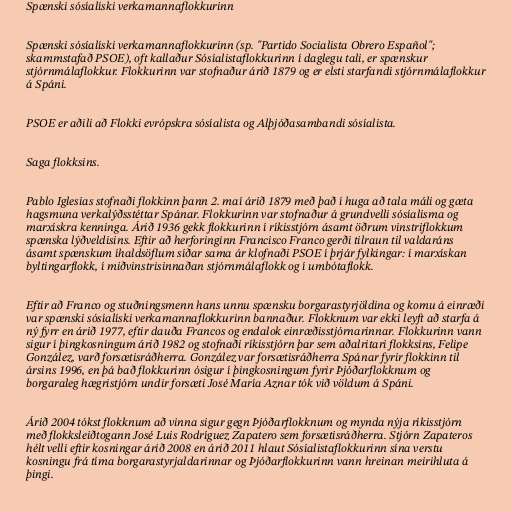
Spænski sósíalíski verkamannaflokkurinn

Spænski sósíalíski verkamannaflokkurinn (sp. "Partido Socialista Obrero Español";
skammstafað PSOE), oft kallaður Sósíalistaflokkurinn í daglegu tali, er spænskur
stjórnmálaflokkur. Flokkurinn var stofnaður árið 1879 og er elsti starfandi stjórnmálaflokkur
á Spáni.

PSOE er aðili að Flokki evrópskra sósíalista og Alþjóðasambandi sósíalista.

Saga flokksins.

Pablo Iglesias stofnaði flokkinn þann 2. maí árið 1879 með það í huga að tala máli og gæta
hagsmuna verkalýðsstéttar Spánar. Flokkurinn var stofnaður á grundvelli sósíalisma og
marxískra kenninga. Árið 1936 gekk flokkurinn í ríkisstjórn ásamt öðrum vinstriflokkum
spænska lýðveldisins. Eftir að herforinginn Francisco Franco gerði tilraun til valdaráns
ásamt spænskum íhaldsöflum síðar sama ár klofnaði PSOE í þrjár fylkingar: í marxískan
byltingarflokk, í miðvinstrisinnaðan stjórnmálaflokk og í umbótaflokk.

Eftir að Franco og stuðningsmenn hans unnu spænsku borgarastyrjöldina og komu á einræði
var spænski sósíalíski verkamannaflokkurinn bannaður. Flokknum var ekki leyft að starfa á
ný fyrr en árið 1977, eftir dauða Francos og endalok einræðisstjórnarinnar. Flokkurinn vann
sigur í þingkosningum árið 1982 og stofnaði ríkisstjórn þar sem aðalritari flokksins, Felipe
González, varð forsætisráðherra. González var forsætisráðherra Spánar fyrir flokkinn til
ársins 1996, en þá bað flokkurinn ósigur í þingkosningum fyrir Þjóðarflokknum og
borgaraleg hægristjórn undir forsæti José María Aznar tók við völdum á Spáni.

Árið 2004 tókst flokknum að vinna sigur gegn Þjóðarflokknum og mynda nýja ríkisstjórn
með flokksleiðtogann José Luis Rodríguez Zapatero sem forsætisráðherra. Stjórn Zapateros
hélt velli eftir kosningar árið 2008 en árið 2011 hlaut Sósíalistaflokkurinn sína verstu
kosningu frá tíma borgarastyrjaldarinnar og Þjóðarflokkurinn vann hreinan meirihluta á
þingi.